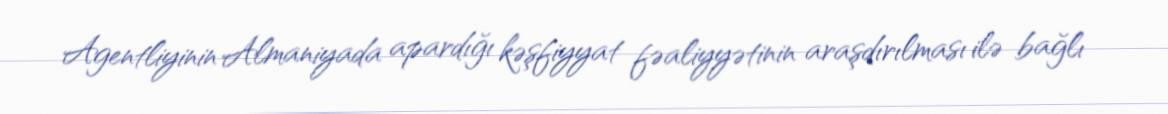
Agentliyinin Almaniyada apardığı kəşfiyyat fəaliyyətinin araşdırılması ilə bağlı